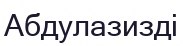
Абдулазизді